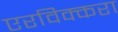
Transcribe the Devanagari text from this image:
एरविक्करा